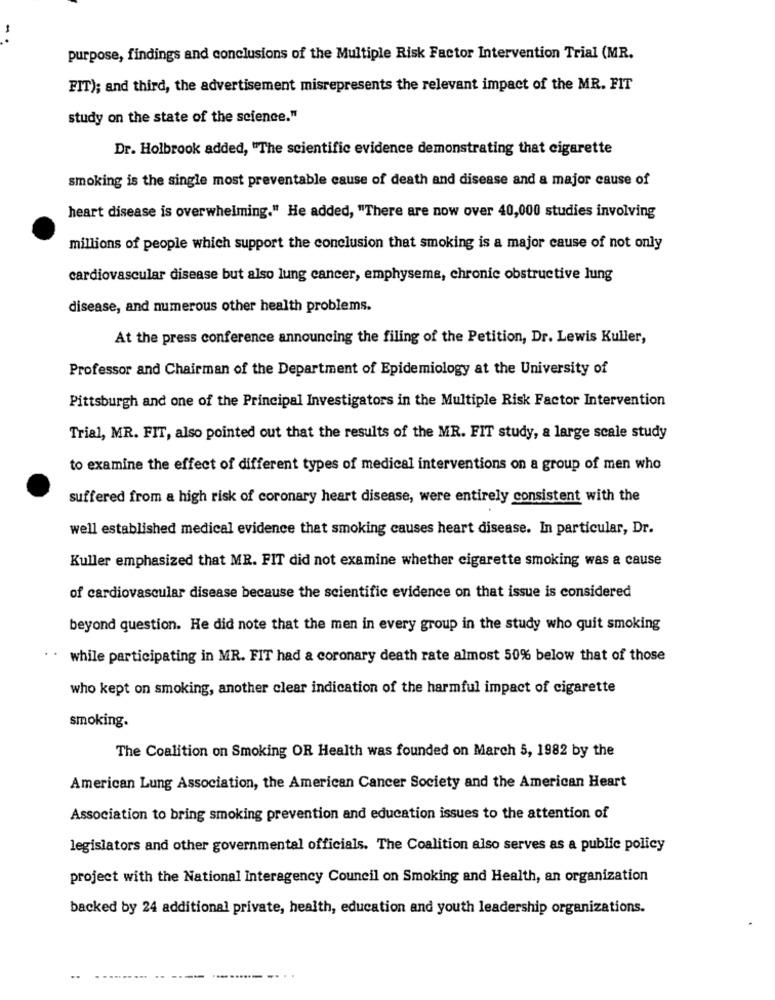
-.
purpose, findings and conclusions of the Multiple Risk Factor Intervention Trial (MR.
FIT); and third, the advertisement misrepresents the relevant impact of the MR. FIT
study on the state of the science."
Dr. Holbrook added, "The scientific evidence demonstrating that cigarette
smoking is the single most preventable cause of death and disease and a major cause of
heart disease is overwhelming." He added, "There are now over 40,000 studies involving
millions of people which support the conclusion that smoking is a major cause of not only
cardiovascular disease but also lung cancer, emphysema, chronic obstructive lung
disease, and numerous other health problems.
At the press conference announcing the filing of the Petition, Dr. Lewis Kuller,
Professor and Chairman of the Department of Epidemiology at the University of
Pittsburgh and one of the Principal Investigators in the Multiple Risk Factor Intervention
Trial, MR. FIT, also pointed out that the results of the MR. FIT study, a large scale study
to examine the effect of different types of medical interventions on a group of men who
suffered from a high risk of coronary heart disease, were entirely consistent with the
well established medical evidence that smoking causes heart disease. In particular, Dr.
Kuller emphasized that MR. FIT did not examine whether cigarette smoking was a cause
of cardiovascular disease because the scientific evidence on that issue is considered
beyond question. He did note that the men in every group in the study who quit smoking
while participating in MR. FIT had a coronary death rate almost 50% below that of those
who kept on smoking, another clear indication of the harmful impact of cigarette
smoking.
The Coalition on Smoking OR Health was founded on March 5, 1982 by the
American Lung Association, the American Cancer Society and the American Heart
Association to bring smoking prevention and education issues to the attention of
legislators and other governmental officials. The Coalition also serves as a public policy
project with the National interagency Council on Smoking and Health, an organization
backed by 24 additional private, health, education and youth leadership organizations.